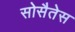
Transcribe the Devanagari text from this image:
सोसैतेस